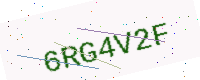
Text: 6RG4V2F